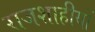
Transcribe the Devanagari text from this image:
राजशाहीयों